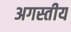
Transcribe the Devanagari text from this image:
अगस्तीय